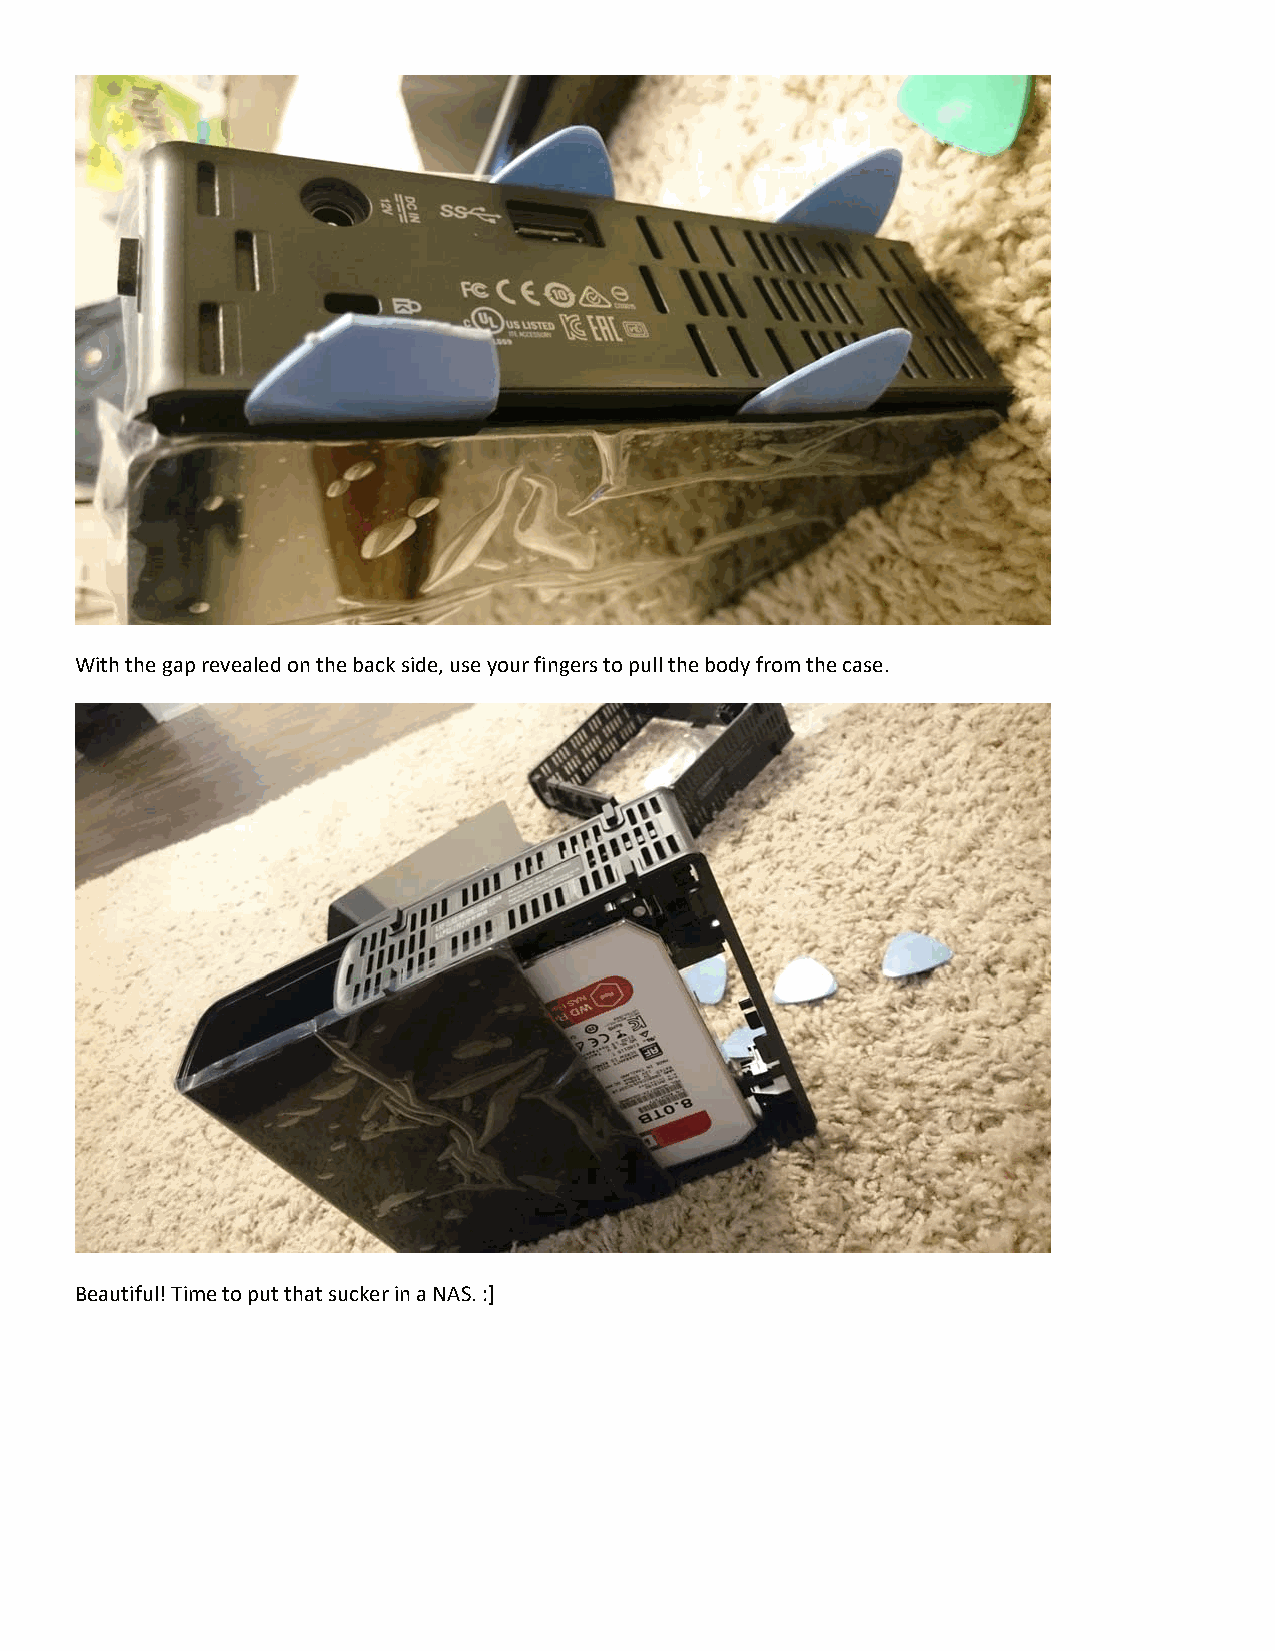
With the gap revealed on the back side, use your fingers to pull the body from the case.
 Beautiful! Time to put that sucker in a NAS. :]